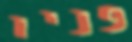
פניו